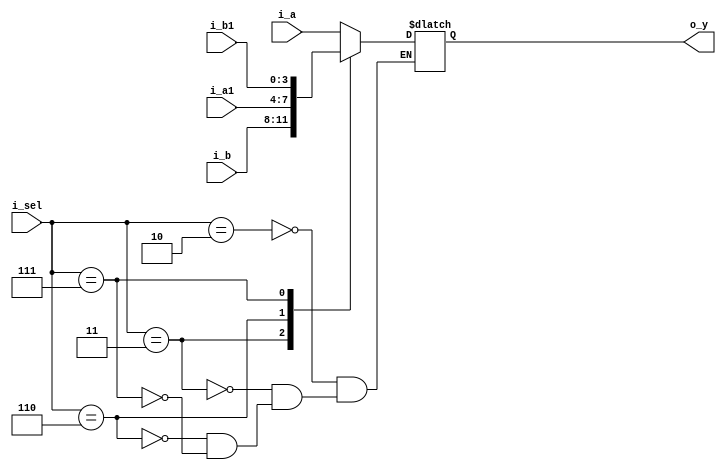
module mux_4x1(
        input [3:0] i_a, i_b, i_a1, i_b1,
        input [2:0]i_sel,
        output [3:0] o_y
    );

    reg[3:0] r_y;
    assign o_y = r_y;

    always @(*) begin
        case (i_sel)
            3'b010 : r_y <= i_a;
            3'b011 : r_y <= i_b;

            3'b110 : r_y <= i_a1;
            3'b111 : r_y <= i_b1;
        endcase
    end
endmodule